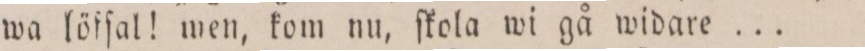
wa löfſal! wen, kom nu, ſkola wi gå widare ...